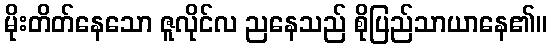
မိုးတိတ်နေသော ဇူလိုင်လ ညနေသည် စိုပြည်သာယာနေ၏။